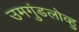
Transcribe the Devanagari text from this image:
उमगुंडलोव्हु